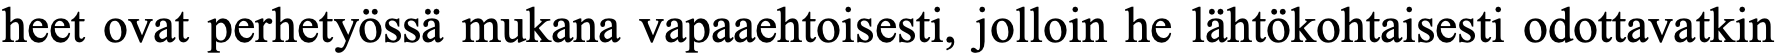
heet ovat perhetyössä mukana vapaaehtoisesti, jolloin he lähtökohtaisesti odottavatkin